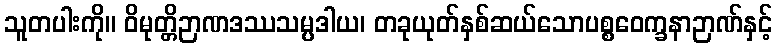
သူတပါးကို။ ဝိမုတ္တိဉာဏဒဿသမ္ပဒါယ၊ တခုယုတ်နှစ်ဆယ်သောပစ္စဝေက္ခနာဉာဏ်နှင့်